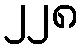
၂၂၈